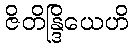
ဇိတိန္ဒြိယေဟိ